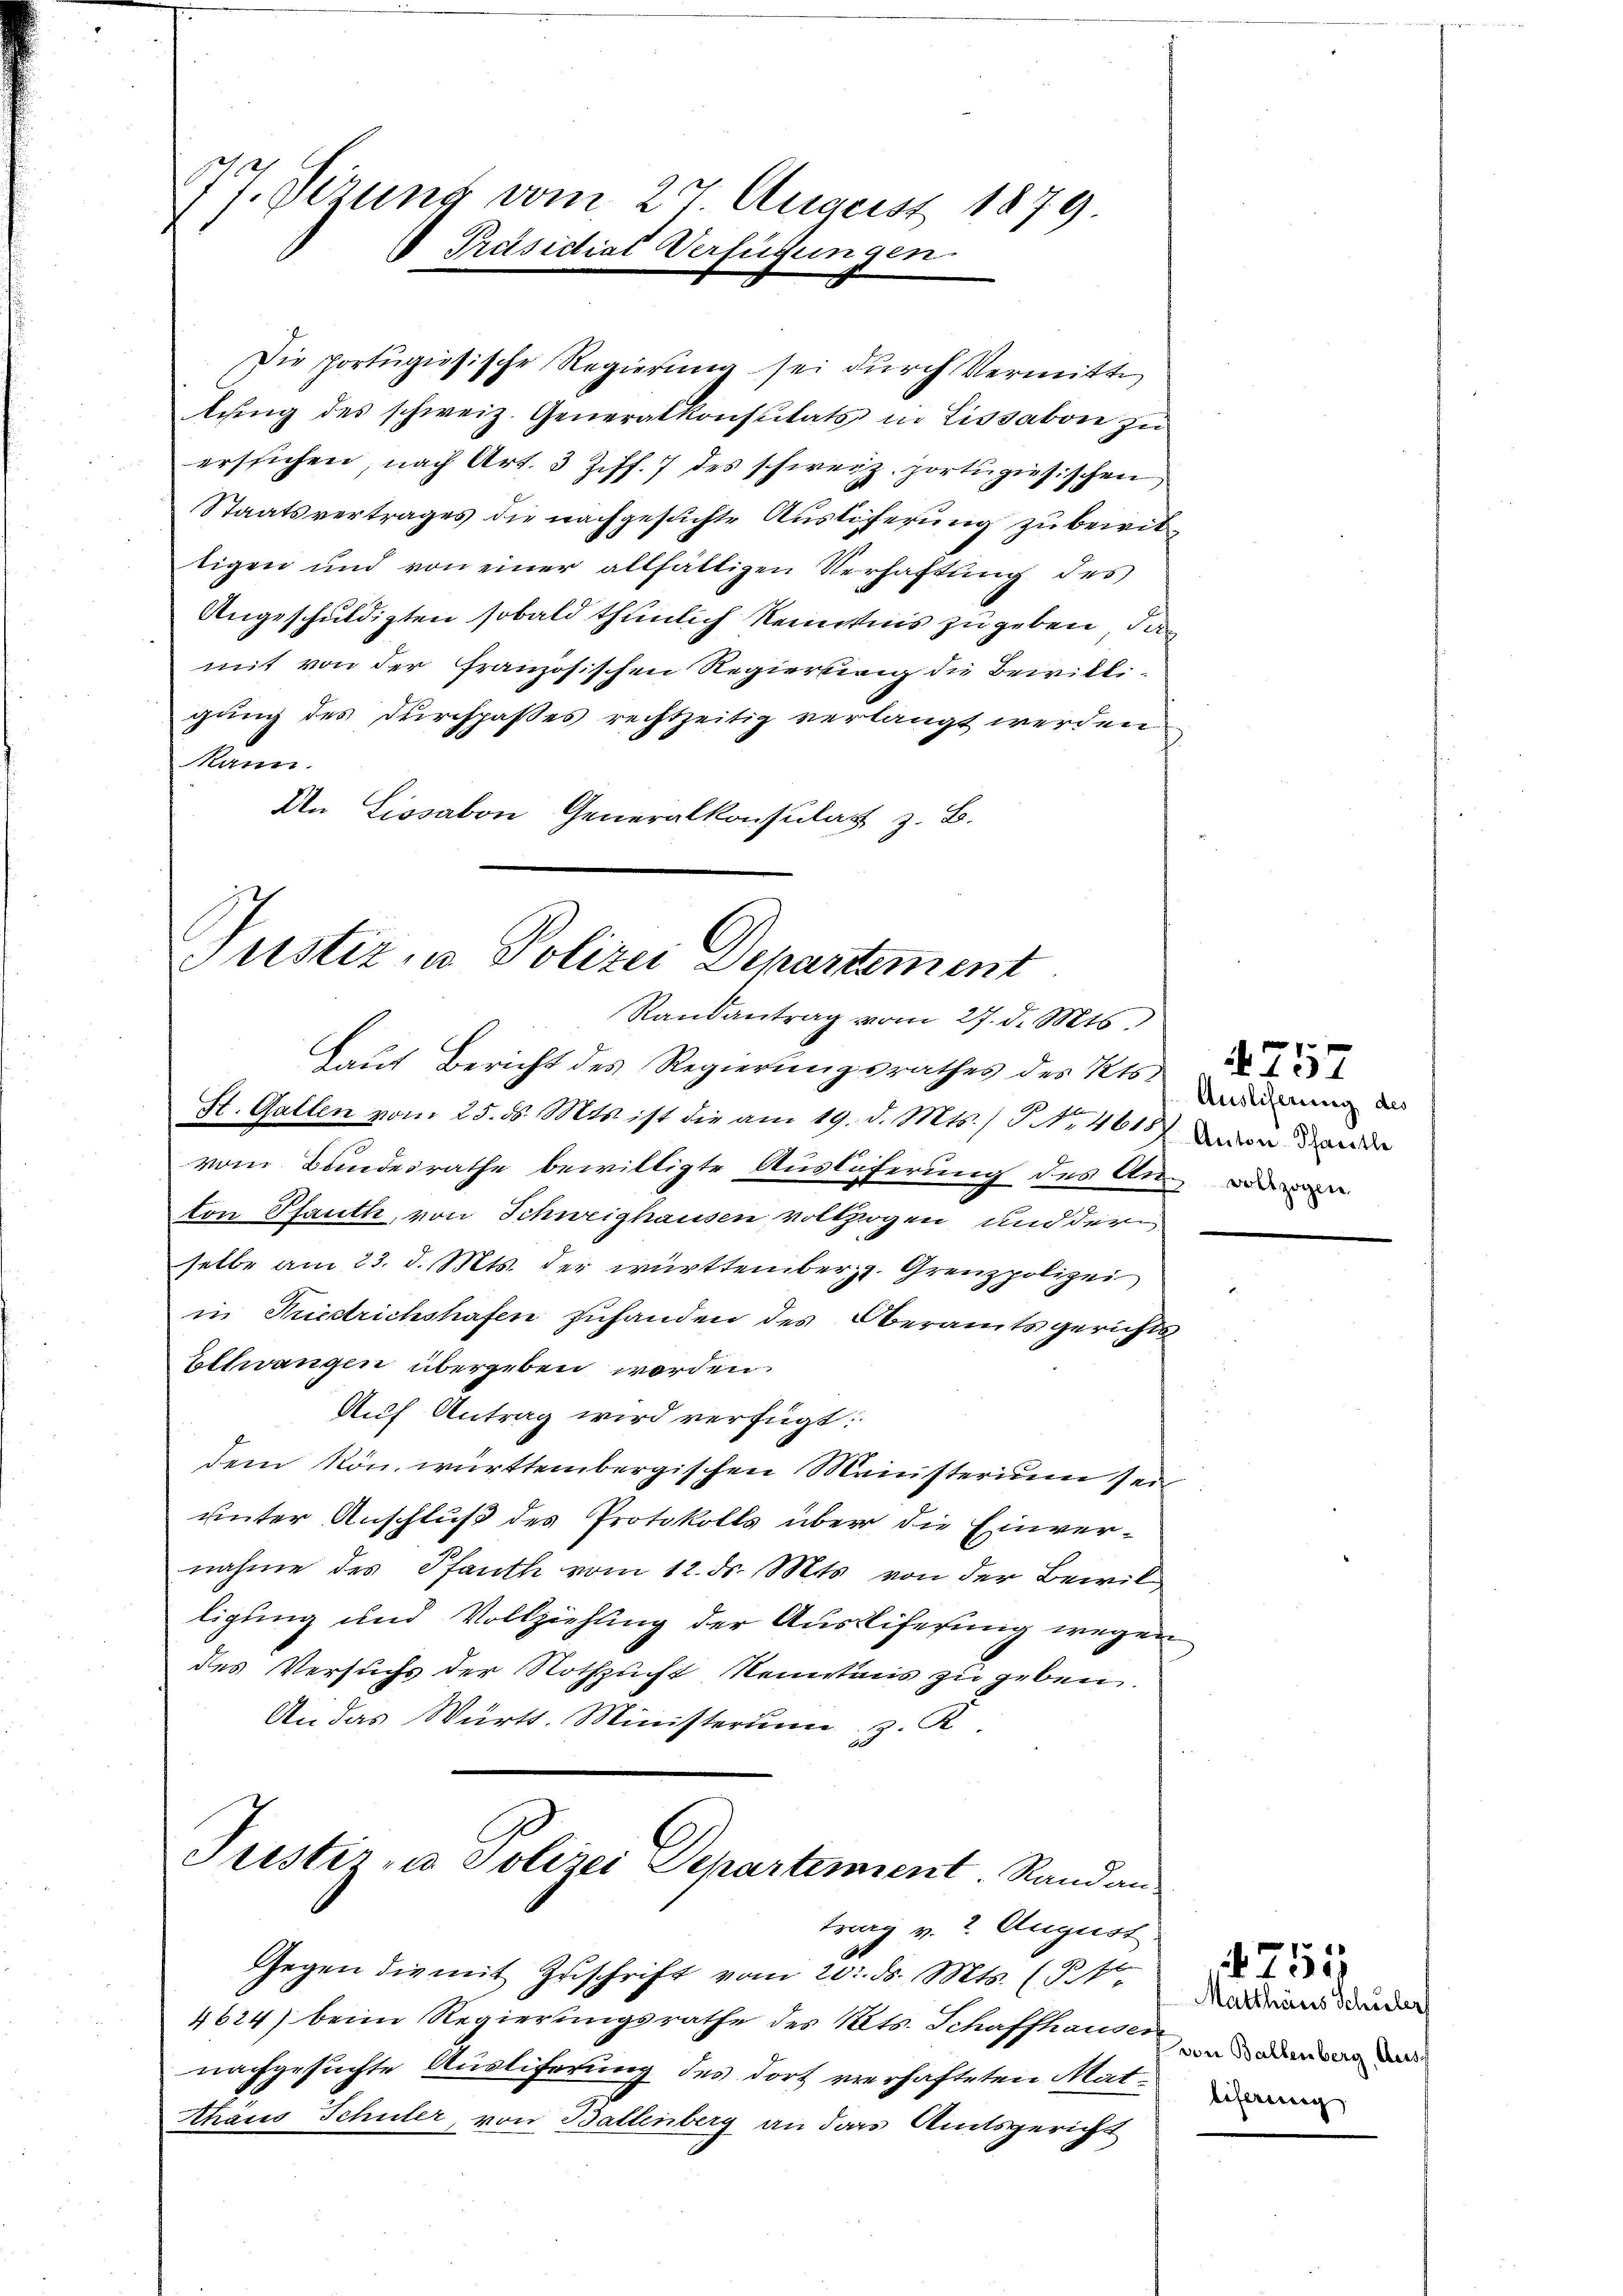
77. Verung vom 27. August 1879
 Präsidial-Verfügungen.

Die portŭgiösische Regierŭng sei dŭrch Vermitte
lŭng des schweiz. Generalkonsulats in Lissabon zŭ
erstichen, nach Art. 3 Ziff. 7 des schweiz. portugisischen
Staatsvertrages die nachgesuchte Auslöferung zu bewiltigen und von einer allfältigen Verhaftung des
Angeschuldigten sobald thunlich kenntnis zu geben, dan
mit von der französischen Regierung die Bewilligung des Kirchpaßes rechtzeitig verlangt werden
kann.
An Lissabon Generalkonsulat z. B.

vom Bundesrathe bewilligte Auslöserung des Aner
ton Pfauth, von Schweighausen vollzogen und der
selbe am 23. d. Mts. der württemberg. Grenzpolizei
in Friedrichshafen zuhanden des Oberamtsgerichts
Eltwangen übergeben werden.
Auf Antrag wird verfügt:
dem kön. württembergischen Ministerium sei
unter Anschluß des Protokolls über die Einvernahme des Pfauth vom 12. ds. Mts. von der Bewilligung und Vollziehung der Ausliferung wegen
des Versuchs der Nothzucht Nenntnis zu geben.
An das Württ. Ministerium, z. K.
Justiz, u. Polizei Departement. Randantrag v. 2. August
Gegen die mit Zŭschrift vom 20. ds. Mts. (T.
4624) beim Regierungsrathe des Kts. Schaffhauser die
nachgesuchte Ausliferung des dort verhafteten Mat.
Thaus Schuler, von Ballenberg an das Amtsgericht

Justiz u. Polizei Departement
Randantrag vom 27. d. Mts.
Laŭf Bericht des Regierŭngsrathes des Kts.
St. Gallen vom 25. ds. Mts. ist die am 19. d. Mts. / NNo. 461 in den de

Ausliferung des

Matthaus Schuler
beferung

755